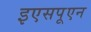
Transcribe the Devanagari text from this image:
इएसपूएन